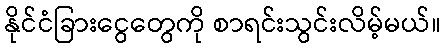
နိုင်ငံခြားငွေတွေကို စာရင်းသွင်းလိမ့်မယ်။